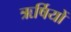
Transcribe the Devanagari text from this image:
ऋर्षियों